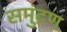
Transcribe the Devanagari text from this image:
समुंद्रण